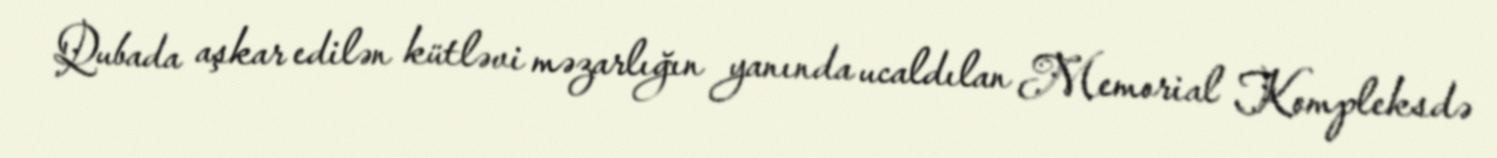
Qubada aşkar edilən kütləvi məzarlığın yanında ucaldılan Memorial Kompleksdə